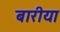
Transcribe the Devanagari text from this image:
बारीया